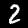
Label: 2